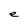
Character: e